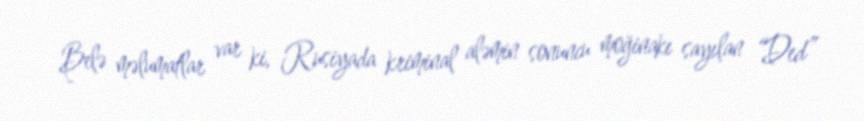
Belə məlumatlar var ki, Rusiyada kriminal aləmin sonuncu moğinakı sayılan “Ded”